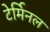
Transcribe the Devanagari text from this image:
टेर्मिनल